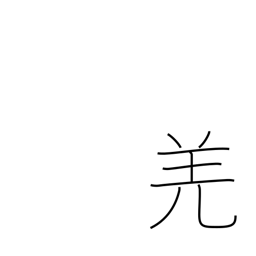
Meaning: barbarian